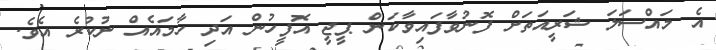
އެ މައްސަލަ ޝަރީއަތަށް ފޮނުވާފައިވާކަން ޕީޖީ އޮފީހުން އަދި ހާމައެއް ނުކުރެ އެވެ.